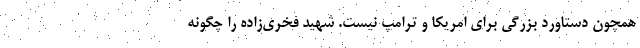
همچون دستاورد بزرگي براي امريكا و ترامپ نيست. شهيد فخري‌زاده را چگونه